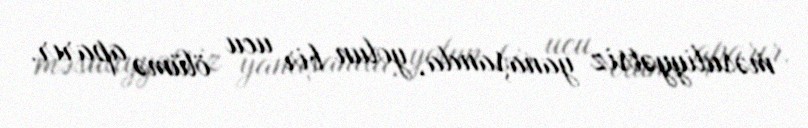
məsuliyyətsiz yanaşanda, yolun bir ucu ölümə aparır.